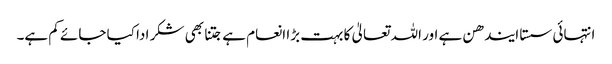
انتہائی سستا ایندھن ہے اور اللہ تعالیٰ کا بہت بڑا انعام ہے جتنا بھی شکر ادا کیا جائے کم ہے۔